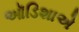
ઑડિશાએ